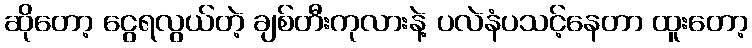
ဆိုတော့ ငွေရလွယ်တဲ့ ချစ်တီးကုလားနဲ့ ပလဲနံပသင့်နေတာ ထူးတော့